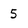
Character: 5